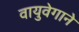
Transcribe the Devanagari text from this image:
वायुवेगाने